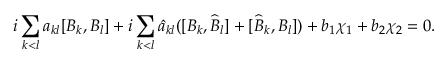
i \sum _ { k < l } a _ { k l } [ B _ { k } , B _ { l } ] + i \sum _ { k < l } \widehat { a } _ { k l } ( [ B _ { k } , \widehat { B } _ { l } ] + [ \widehat { B } _ { k } , B _ { l } ] ) + b _ { 1 } \chi _ { 1 } + b _ { 2 } \chi _ { 2 } = 0 .